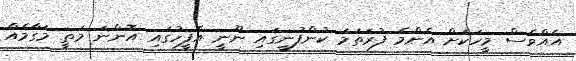
އެއްވެސް މީހަކަށް އެންމެ ފުރަތަމަ ކުންފުނީގައި ނޫނީ އޮފީހުގައި އޮންނަ މަތީ މަގާމެއް